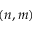
( n , m )